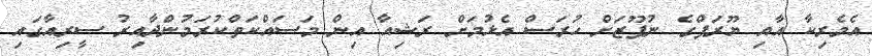
އެމެރިކާ އާއި ޔޫރަޕްގެ ނުފޫޒަށް ހުރަސް އެޅުމަށް ރަޝިއާ އިން މަސައްކަތްކުރަމުންދާއިރު ސީރިއާގައި